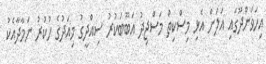
އިހަވަންދޫގައި އަލަށް އެޅި މިސްކިތް މަސްޖިދު އަބޫބަކުރު ސިއްދީގު މިއަދުގެ ހުކުރު ނަމާދާއެކު